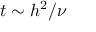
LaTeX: t \sim h ^ { 2 } / \nu